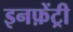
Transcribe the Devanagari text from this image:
इनफ़ेंट्री